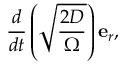
\frac { d } { d t } \left( \sqrt { \frac { 2 D } { \Omega } } \right) \mathbf { e } _ { r } ,